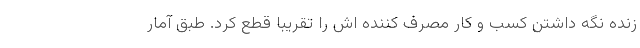
زنده نگه داشتن کسب و کار مصرف کننده اش را تقریبا قطع کرد. طبق آمار